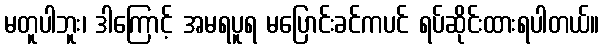
မတူပါဘူး၊ ဒါကြောင့် အမရပူရ မပြောင်းခင်ကပင် ရပ်ဆိုင်းထားရပါတယ်။